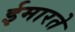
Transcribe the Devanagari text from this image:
ईमारते